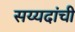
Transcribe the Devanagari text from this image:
सय्यदांची